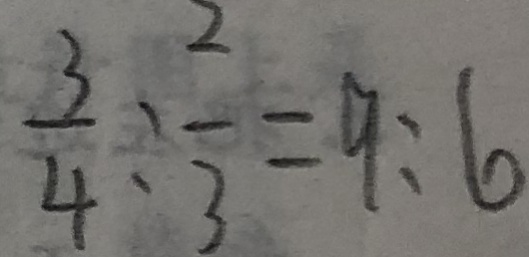
\frac { 3 } { 4 } : \frac { 2 } { 3 } = 9 : 6